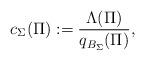
LaTeX: \begin{align*}c_\Sigma (\Pi) := \frac{\Lambda (\Pi)}{q_{B_\Sigma} (\Pi)},\end{align*}